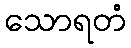
သောရတံ